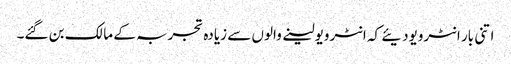
اتنی بار انٹرویودیئے کہ انٹرویولینے والوں سے زیادہ تجربہ کے مالک بن گئے۔